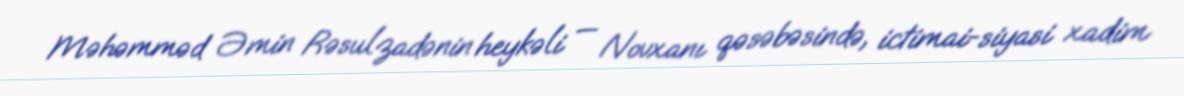
Məhəmməd Əmin Rəsulzadənin heykəli — Novxanı qəsəbəsində, ictimai-siyasi xadim